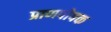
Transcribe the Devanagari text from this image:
प्राणपोषक